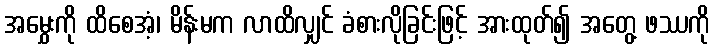
အမွှေးကို ထိစေအံ့၊ မိန်းမက လာထိလျှင် ခံစားလိုခြင်းဖြင့် အားထုတ်၍ အတွေ့ ဖဿကို